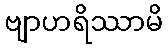
ဗျာဟရိဿာမိ